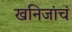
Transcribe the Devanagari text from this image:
खनिजांचं